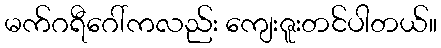
မက်ဂရီဂေါ်ကလည်း ကျေးဇူးတင်ပါတယ်။